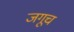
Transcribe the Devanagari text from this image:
जगूच